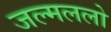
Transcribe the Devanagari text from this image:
जल्मललो